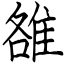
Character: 雒